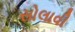
સોલાવી